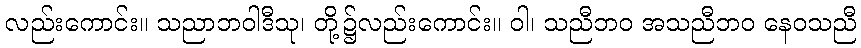
လည်းကောင်း။ သညာဘဝါဒီသု၊ တို့၌လည်းကောင်း။ ဝါ၊ သညီဘဝ အသညီဘဝ နေဝသညီ